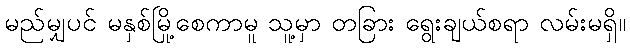
မည်မျှပင် မနှစ်မြို့စေကာမူ သူ့မှာ တခြား ရွေးချယ်စရာ လမ်းမရှိ။